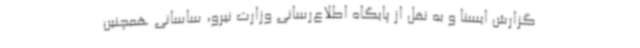
‌گزارش ایسنا و به نقل از پایگاه اطلاع‌رسانی وزارت نیرو، ساسانی همچنین